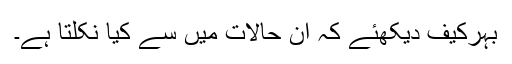
بہرکیف دیکھئے کہ ان حالات میں سے کیا نکلتا ہے۔